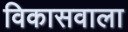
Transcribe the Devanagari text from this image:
विकासवाला